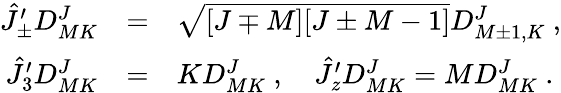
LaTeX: \begin{array}{rcl}{{\hat{J}_{\pm}^{\prime}D_{MK}^{J}}}&{{=}}&{{\sqrt{[J\mp M][J\pm M-1]}D_{M\pm 1,K}^{J}~,}}\\ {{\hat{J}_{3}^{\prime}D_{MK}^{J}}}&{{=}}&{{KD_{MK}^{J}~,~~~~\hat{J}_{z}^{\prime}D_{MK}^{J}=MD_{MK}^{J}~.}}\end{array}